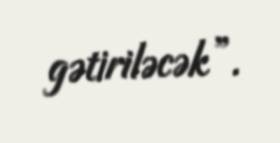
gətiriləcək”.